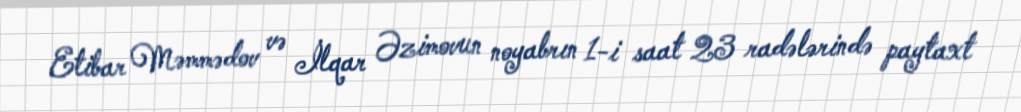
Etibar Məmmədov və İlqar Əzimovun noyabrın 1-i saat 23 radələrində paytaxt